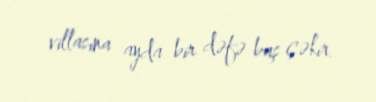
villasına ayda bir dəfə baş çəkir.